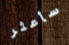
سأعثر